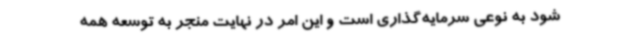
شود به نوعی سرمایه‌گذاری است و این امر در نهایت منجر به توسعه همه